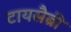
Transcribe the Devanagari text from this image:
टायसैब्री